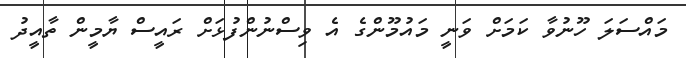
މައްސަލަ ހޫނުވާ ކަމަށް ވަނީ މައުމޫންގެ އެ ވިސްނުންފުޅަށް ރައީސް ޔާމީން ތާއީދު